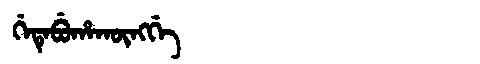
Manchu: ᡤᡝᡨᡝᠪᡠᡥᠠᡴᡡᠩᡤᡝ
Romanization: GETEBUHAKŪNGGE